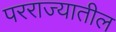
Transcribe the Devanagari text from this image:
परराज्यातील